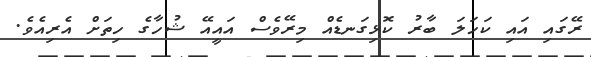
ރޭގައި އައި ކަހަލަ ބާރު ކޮޅިގަނޑެއް މިރޭވެސް އައީއޭ ޝުހާގެ ހިތަށް އެރިއެވެ.